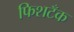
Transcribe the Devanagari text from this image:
फिशटँक